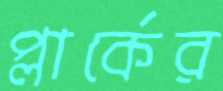
প্লার্কের